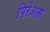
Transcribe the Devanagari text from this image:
पिरेअस